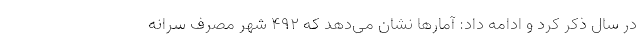
در سال ذکر کرد و ادامه داد: آمارها نشان می‌دهد که ۴۹۲ شهر مصرف سرانه